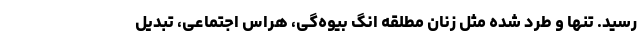
رسید. تنها و طرد شده مثل زنان مطلقه انگ بیوه‌گی، هراس اجتماعی، تبدیل